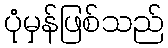
ပုံမှန်ဖြစ်သည်